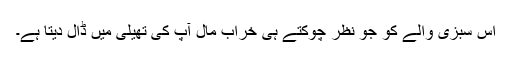
اس سبزی والے کو جو نظر چوکتے ہی خراب مال آپ کی تھیلی میں ڈال دیتا ہے۔